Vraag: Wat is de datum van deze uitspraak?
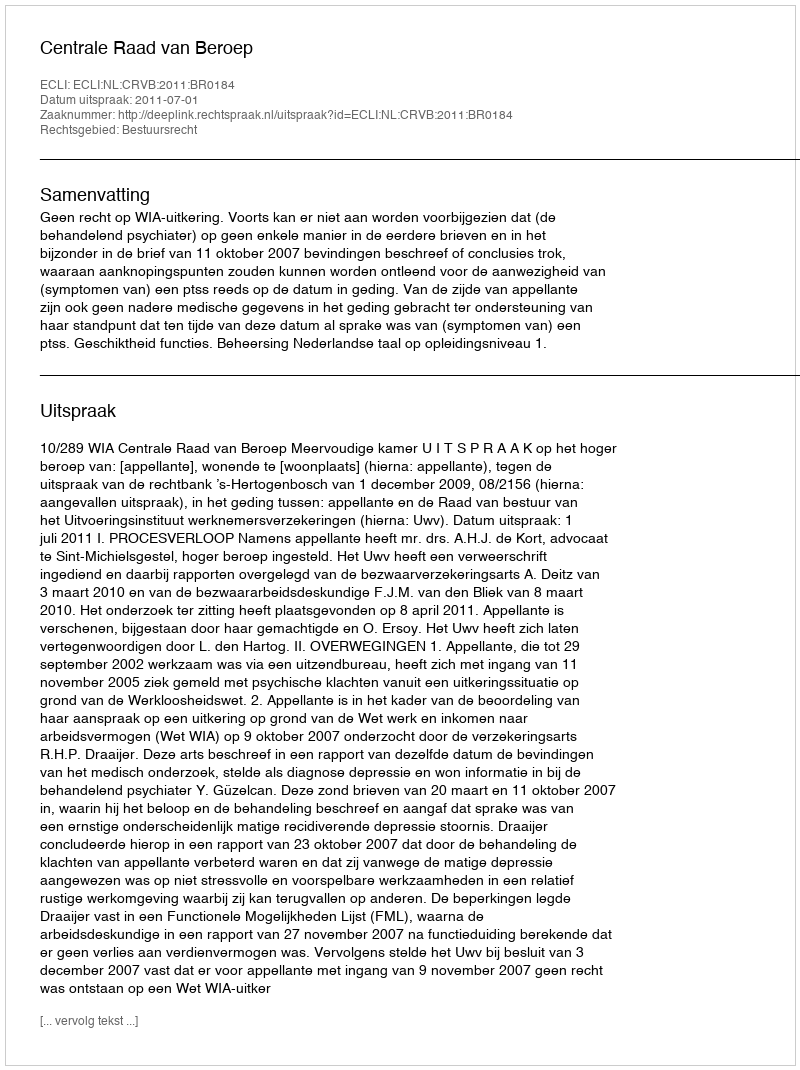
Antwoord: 2011-07-01